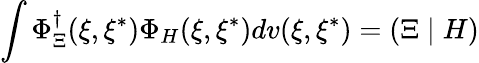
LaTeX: \int\Phi_{\Xi}^{\dagger}(\xi,\xi^{*})\Phi_{H}(\xi,\xi^{*})dv(\xi,\xi^{*})=\left(\Xi\mid H\right)